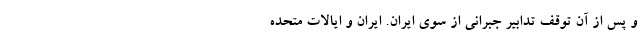
و پس از آن توقف تدابیر جبرانی از سوی ایران. ایران و ایالات متحده